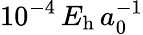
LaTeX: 10^{-4}\, E_{\mathrm{h}}\, a_{0}^{-1}